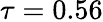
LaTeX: \tau=0.56